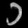
Digit: ၁